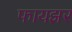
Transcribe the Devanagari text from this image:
फायझर